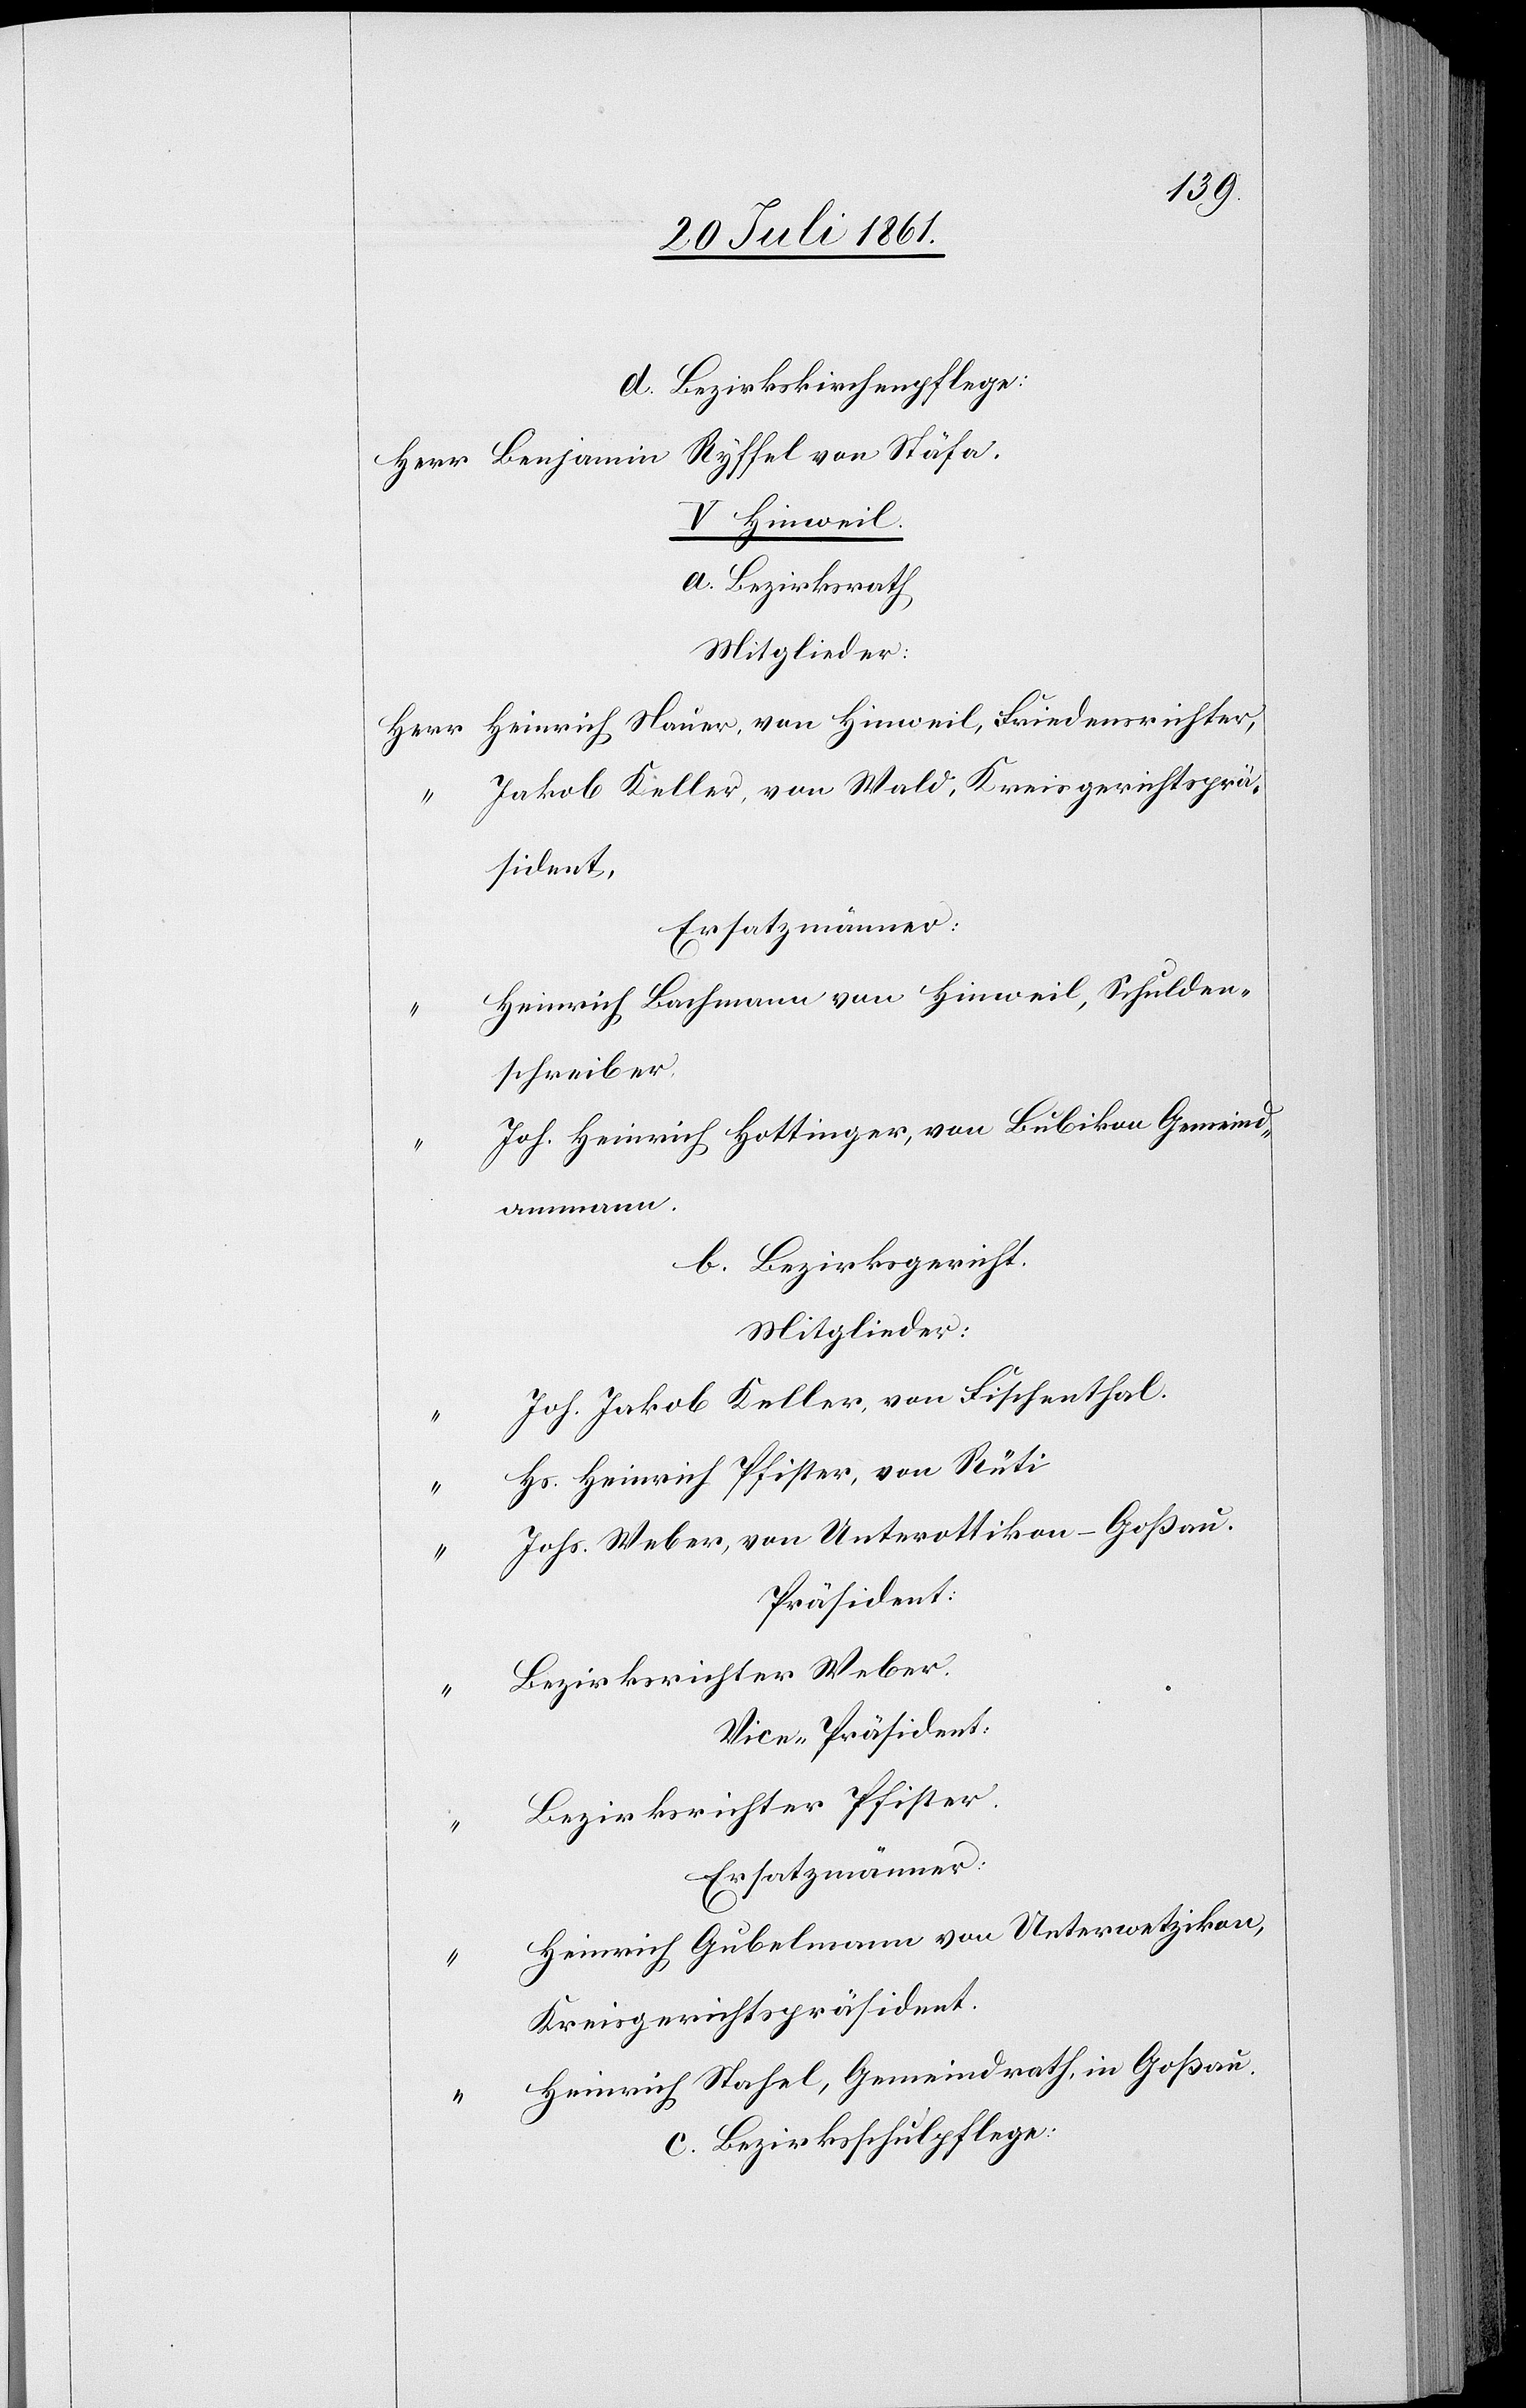
d. Bezirkskirchenpflege:
Herr Benjamin Ryffel von Stäfa.
V. Hinweil.
a. Bezirksrath
Mitglieder:
Herr Heinrich Nauer, von Hinweil, Friedensrichter,
Jakob Keller, von Wald, Kreisgerichtsprä¬
sident,
Ersatzmänner:
Heinrich Bachmann von Hinweil, Schulden¬
schreiber.
Joh. Heinrich Hottinger, von Bubikon Gemeind¬
ammann.
b. Bezirksgericht.
Mitglieder:
Joh. Jakob Keller, von Fischenthal.
Hs. Heinrich Pfister, von Rüti
“	 Johs. Weber, von Unterottikon–Goßau.
Präsident:
“	 Bezirksrichter Weber.
Vice-Präsident:
Bezirksrichter Pfister.
Ersatzmänner:
Heinrich Gubelmann von Unterwetzikon,
Kreisgerichtspräsident.
“	 Heinrich Stahel, Gemeindrath, in Goßau.
c. Bezirksschulpflege: